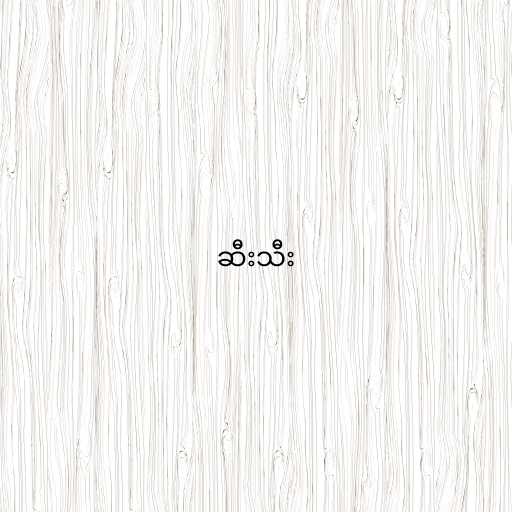
ဆီးသီး